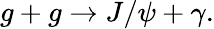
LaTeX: g+g\rightarrow J/\psi+\gamma.